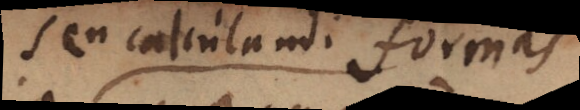
seu calculandi formas